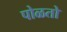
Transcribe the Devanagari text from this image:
पोळतो